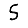
Digit: 5